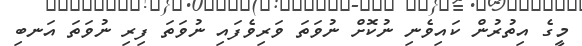
މީގެ އިތުރުން ކައިވެނި ނުކޮށް ނުވަތަ ވަރިވެފައި ނުވަތަ ފިރި ނުވަތަ އަނބި